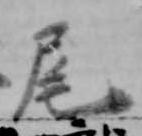
尾